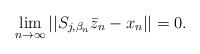
LaTeX: \begin{align*}\lim_{n\to\infty}||S_{j,\beta_n}\bar{z}_n-x_n||=0.\end{align*}